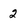
Character: 2